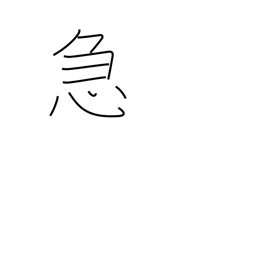
Meaning: emergency